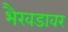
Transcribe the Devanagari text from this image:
भैरवडावर